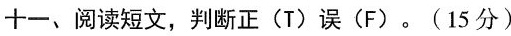
十一、阅读短文,判断正(T)误(F)。(15分)